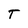
Character: T